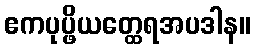
ဧကပုပ္ဖိယတ္ထေရအပဒါန။